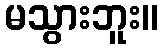
မသွားဘူး။